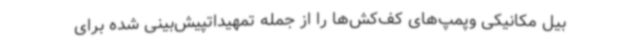
بیل مکانیکی وپمپ‌های کف‌کش‌ها را از جمله تمهیداتپیش‌بینی شده برای